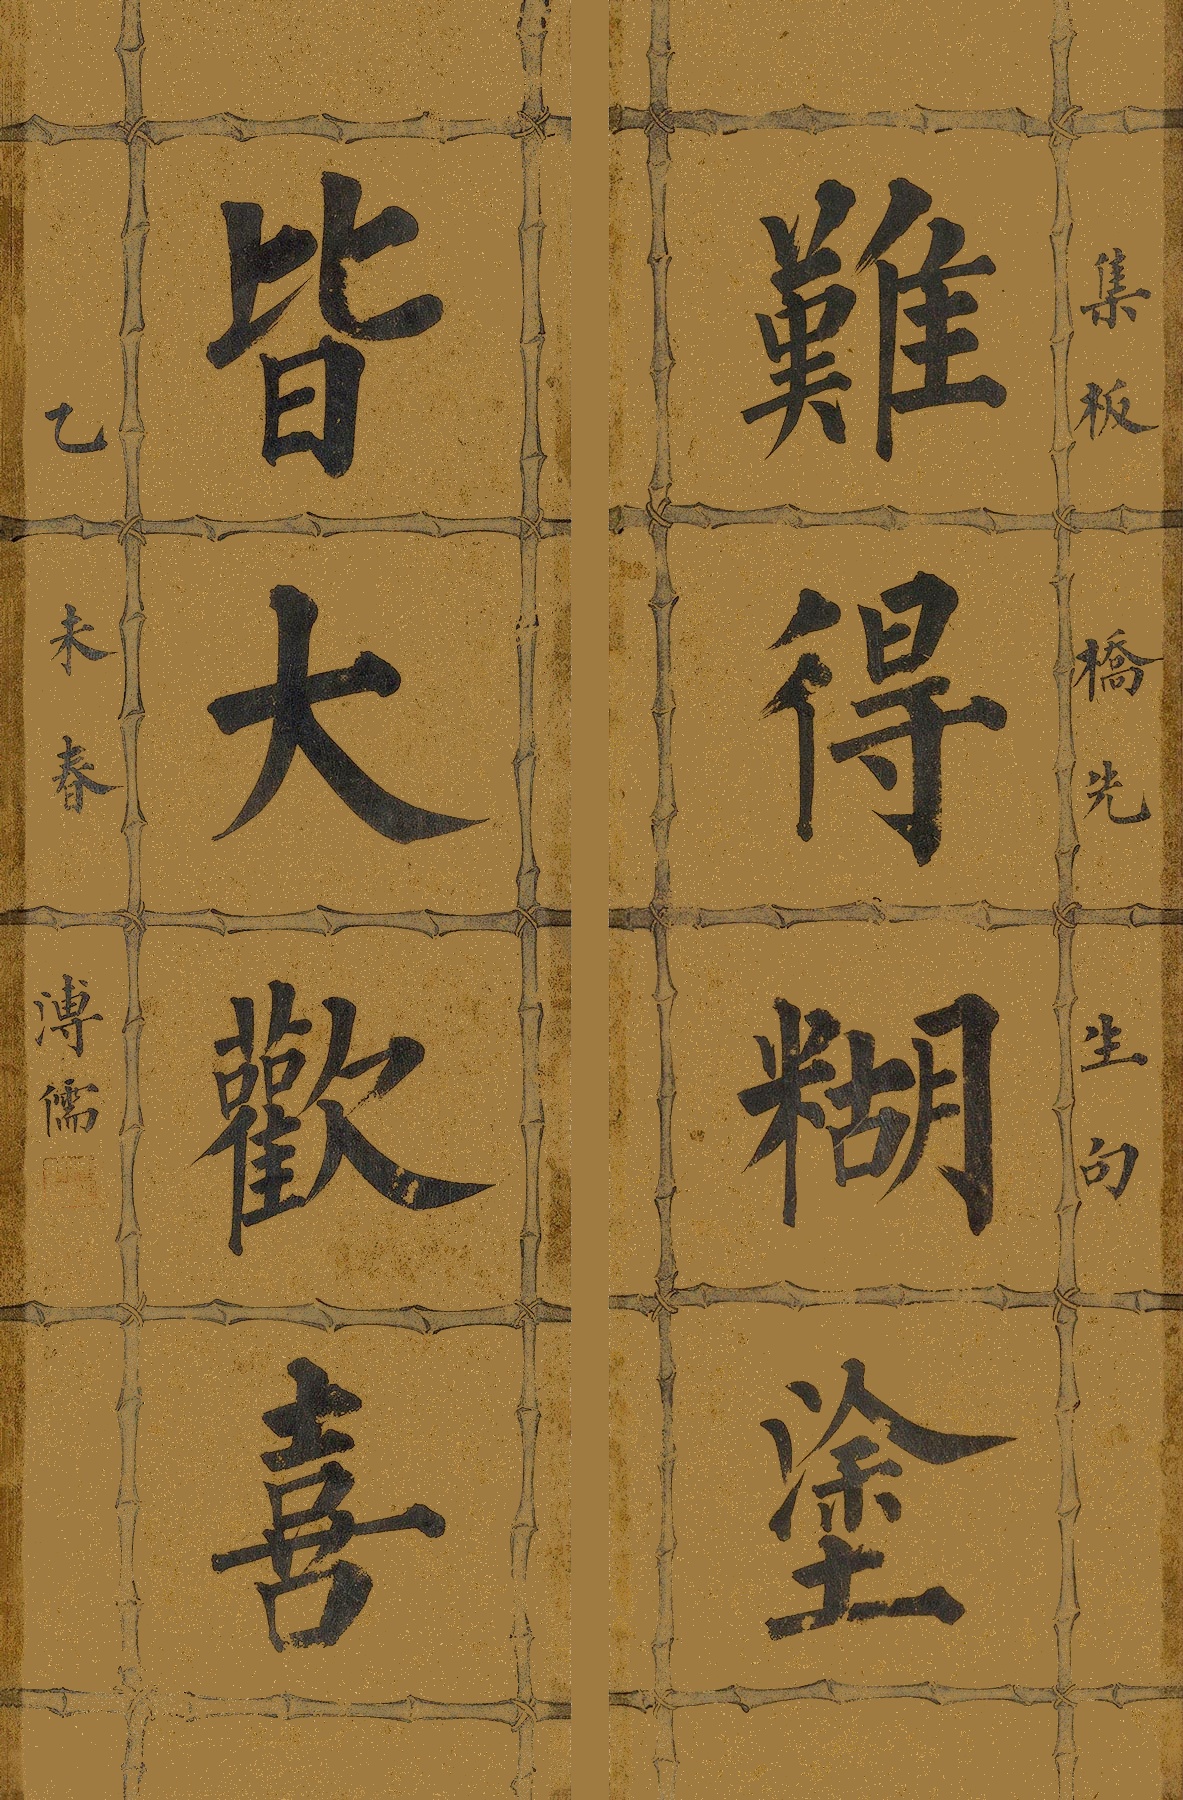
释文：难得糊涂，皆大欢喜。集板桥先生句。乙未春，溥儒。